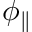
\phi _ { \parallel }